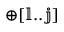
\mathbb { \oplus [ l . . j ] }